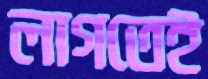
লাগতেই